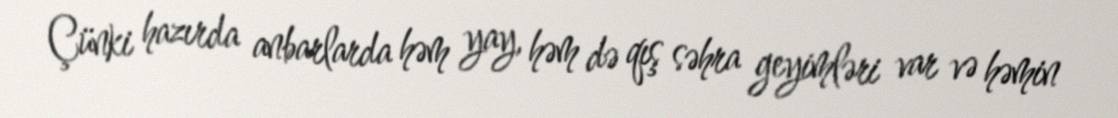
Çünki hazırda anbarlarda həm yay, həm də qış səhra geyimləri var və həmin